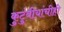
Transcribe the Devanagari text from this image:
कुटुंबीयांचीही